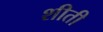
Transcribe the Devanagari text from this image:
शीती